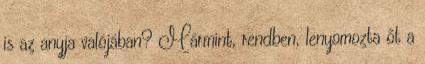
is az anyja valójában? Mármint, rendben, lenyomozta őt a